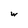
Character: w